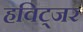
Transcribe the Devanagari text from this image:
हविट्जर